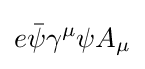
e{\bar {\psi }}\gamma ^{\mu }\psi A_{\mu }